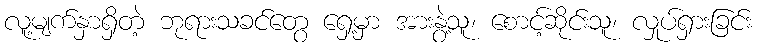
လူ့မျက်နှာရှိတဲ့ ဘုရားသခင်တွေ ရှေ့မှာ အားနွဲ့သူ၊ စောင့်ဆိုင်းသူ၊ လှုပ်ရှားခြင်း